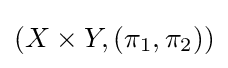
(X\times Y,(\pi _{1},\pi _{2}))